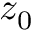
z _ { 0 }